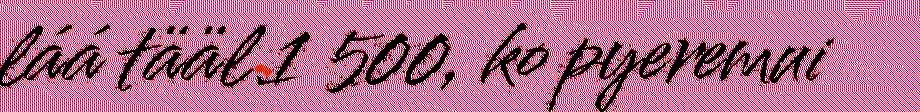
láá tääl 1 500, ko pyeremui